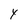
Character: y